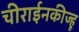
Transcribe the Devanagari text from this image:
चीराईनकीज्हू